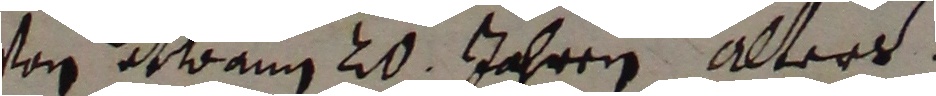
von etwann 20 jahren alters.